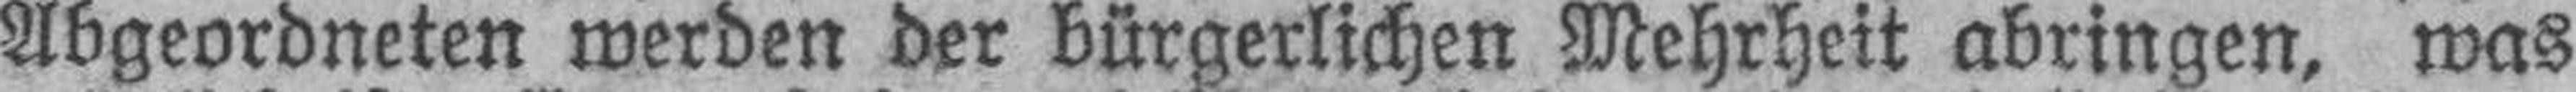
Abgeordneten werden der bürgerlichen Mehrheit abringen, was